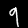
Label: 9